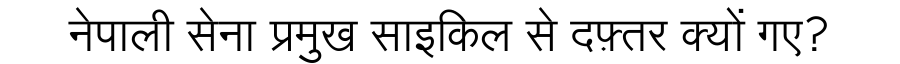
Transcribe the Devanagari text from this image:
नेपाली सेना प्रमुख साइकिल से दफ़्तर क्यों गए?